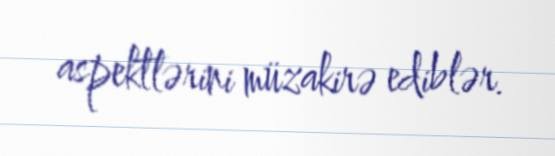
aspektlərini müzakirə ediblər.